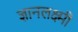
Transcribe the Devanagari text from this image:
ज्ञानलक्ष्मी